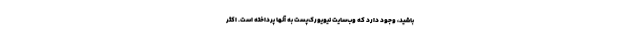
باشید، وجود دارد که وب‌سایت نیویورک‌پست به آنها پرداخته است. اکثر